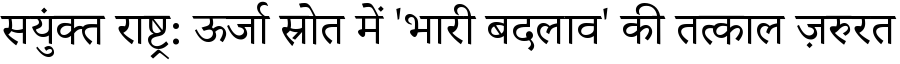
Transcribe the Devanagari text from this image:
सयुंक्त राष्ट्र: ऊर्जा स्रोत में 'भारी बदलाव' की तत्काल ज़रुरत